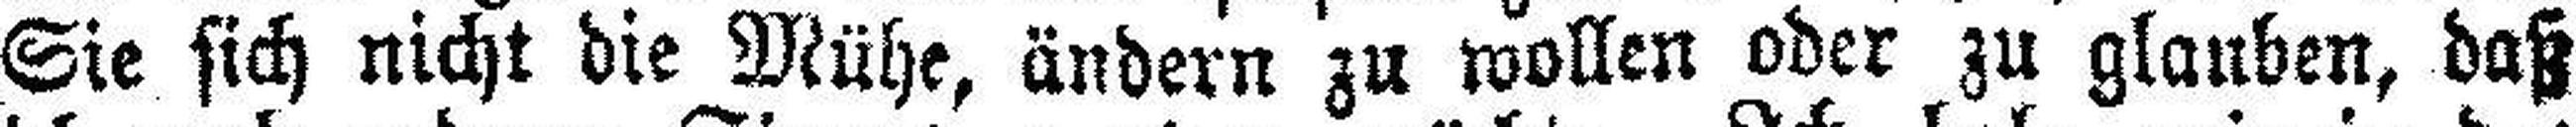
Sie sich nicht die Mühe, ändern zu wollen oder zu glauben, daß